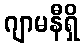
ဂျာမနီရှိ